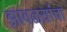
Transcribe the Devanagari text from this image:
झावळय़ांचा